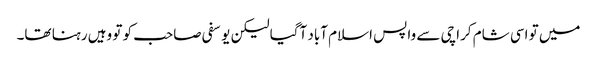
میں تو اسی شام کراچی سے واپس اسلام آباد آگیا لیکن یوسفی صاحب کو تو وہیں رہنا تھا۔